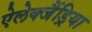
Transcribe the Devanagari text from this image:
ऐलेक्जैंड्रिया